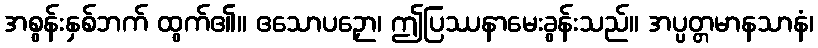
အစွန်းနှစ်ဘက် ထွက်၏။ ဧသောပဉှော၊ ဤပြဿနာမေးခွန်းသည်။ အပ္ပတ္တမာနသာနံ၊